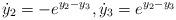
LaTeX: \begin{align*} \dot{y}_2=-e^{y_2-y_3},\dot{y}_3=e^{y_2-y_3}\end{align*}